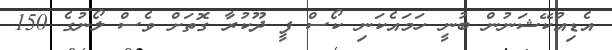
އެޑިއުކޭޝަނުން ބުނީ ހަމައެކަނި ކޯސް ފީ ދޫކުރާ ގޮތަށް ވެސް ލޯނުގެ 150